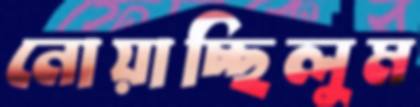
নোয়াচ্ছিলুম